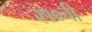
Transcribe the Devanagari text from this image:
२१०ची